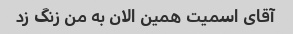
آقای اسمیت همین الان به من زنگ زد